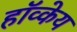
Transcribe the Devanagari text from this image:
हॉव्केय